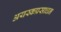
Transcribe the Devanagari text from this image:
अयस्कप्रसाधन